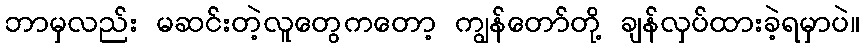
ဘာမှလည်း မဆင်းတဲ့လူတွေကတော့ ကျွန်တော်တို့ ချန်လှပ်ထားခဲ့ရမှာပဲ။